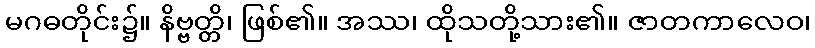
မဂဓတိုင်း၌။ နိဗ္ဗတ္တိ၊ ဖြစ်၏။ အဿ၊ ထိုသတို့သား၏။ ဇာတကာလေဝ၊